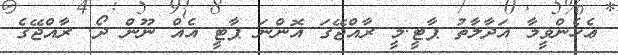
ޢެެހެންވީމާ އަދާލާތު ޕާޓީ.މީ ރާއްޖޭގަ އޮންނަ ޕާޓީ އެއް ނޫން ދޯ. ރާއްޖޭގެ